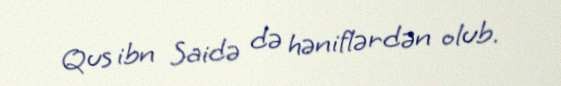
Qus ibn Saidə də həniflərdən olub.